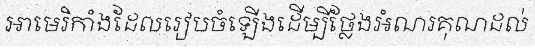
អាមេរិកាំងដែលរៀបចំឡើងដើម្បីថ្លែងអំណរគុណដល់